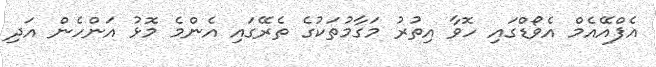
އެފްއޭއެމް އެވޯޑްގައި ހޮވާ އިތުރު މަގާމުތަކުގެ ތެރޭގައި އެންމެ މޮޅު އަންހެން އަދި